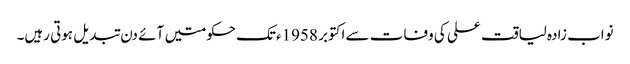
نواب زادہ لیاقت علی کی وفات سے اکتوبر 1958ءتک حکومتیں آئے دن تبدیل ہوتی رہیں۔